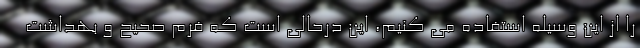
را از این وسیله استفاده می کنیم، این درحالی است که فرم صحیح و بهداشت